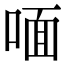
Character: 喕